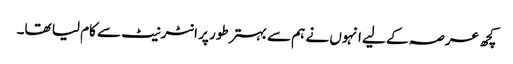
کچھ عرصہ کے لیے انہوں نے ہم سے بہتر طور پر انٹرنیٹ سے کام لیا تھا۔